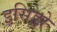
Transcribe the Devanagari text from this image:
इसिड्रो